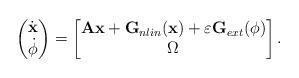
LaTeX: \begin{align*}\begin{pmatrix}\dot{\mathbf{x}}\\\dot{\mathbf{\phi}}\end{pmatrix}=\begin{bmatrix}\mathbf{A}\mathbf{x}+\mathbf{G}_{nlin}(\mathbf{x})+\varepsilon \mathbf{G}_{ext}(\phi)\\\Omega\end{bmatrix}.\end{align*}